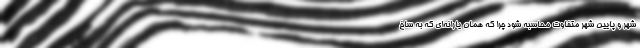
شهر و پایین شهر متفاوت محاسبه شود چرا که همان یارانه‌ای که به ساخ